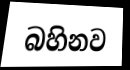
බහිනව